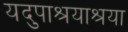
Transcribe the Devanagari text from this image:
यदुपाश्रयाश्रया